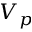
V _ { p }